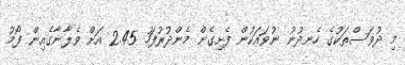
މި ދުވަސްތަކުގެ ހެނދުނު ނުވައަކުން ފެށިގެން މެންދުރުފަހު 2.45 އަށް ވެލާނާގެއިން ފޯމު